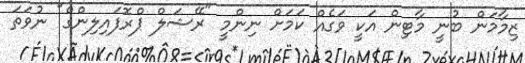
ޒިމާމަން ބުނީ މާޓިން އަކީ ވަގެއް ކަމަށް ނިންމީ "ރޭޝަލް ޕްރޮފައިލިންގް" ނުވަތަ